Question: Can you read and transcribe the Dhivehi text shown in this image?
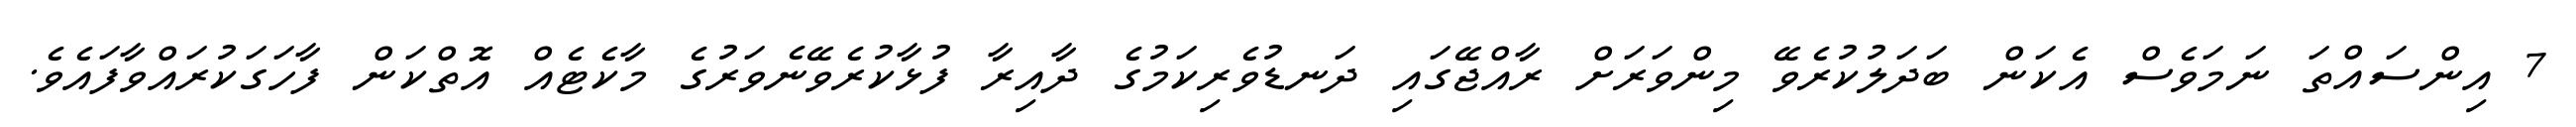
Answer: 7 އިންސައްތަ ނަމަވެސް އެކަން ބަދަލުކުރެވޭ މިންވަރަށް ރާއްޖޭގައި ދަނޑުވެރިކަމުގެ ދާއިރާ ފުޅާކުރެވޭނެވަރުގެ މާކެޓެއް އޮތްކަން ފާހަގަކުރައްވާފައެވެ.